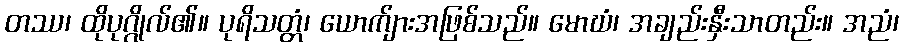
တဿ၊ ထိုပုဂ္ဂိုလ်၏။ ပုရိသတ္တံ၊ ယောက်ျားအဖြစ်သည်။ မောဃံ၊ အချည်းနှီးသာတည်း။ အညံ၊